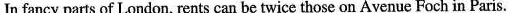
In fancy parts of London, rents can be twice those on Avenue Foch in Paris.